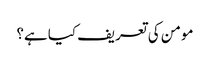
مومن کی تعریف کیا ہے؟